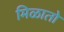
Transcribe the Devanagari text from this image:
मिळातो